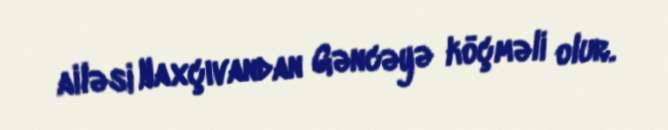
ailəsi Naxçıvandan Gəncəyə köçməli olur.